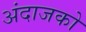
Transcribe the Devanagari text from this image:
अंदाजको